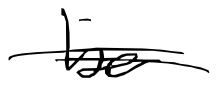
Text: be
Cross-out: double-line
Writing tool: digital_black